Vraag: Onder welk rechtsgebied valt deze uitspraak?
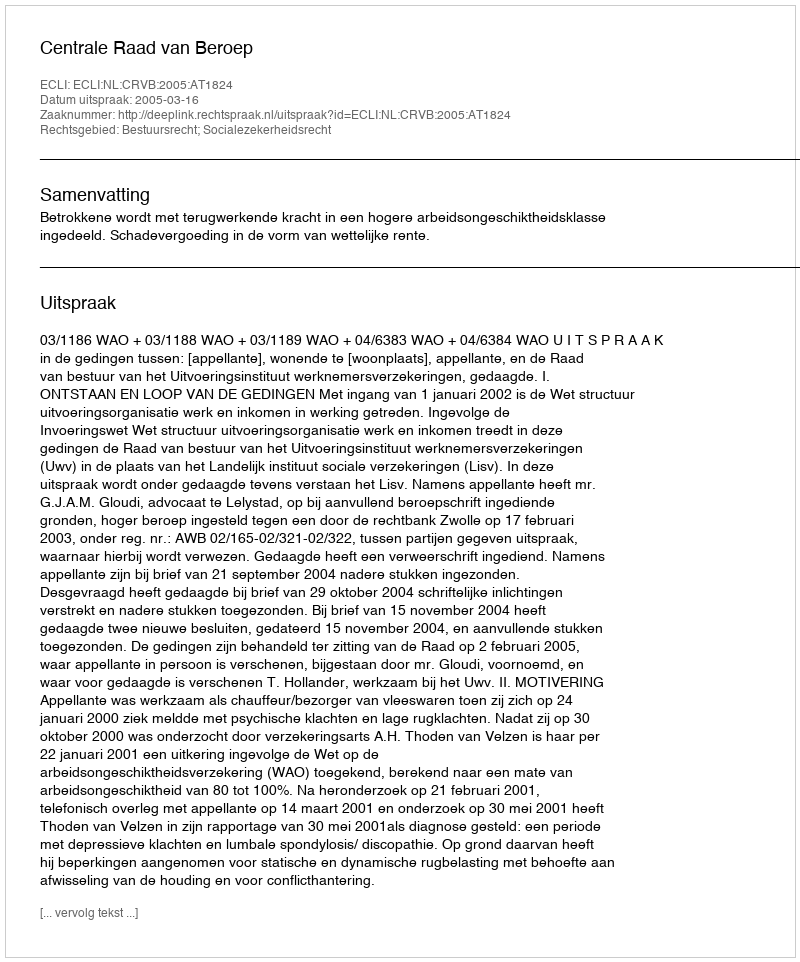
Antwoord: Bestuursrecht; Socialezekerheidsrecht